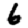
Digit: 6